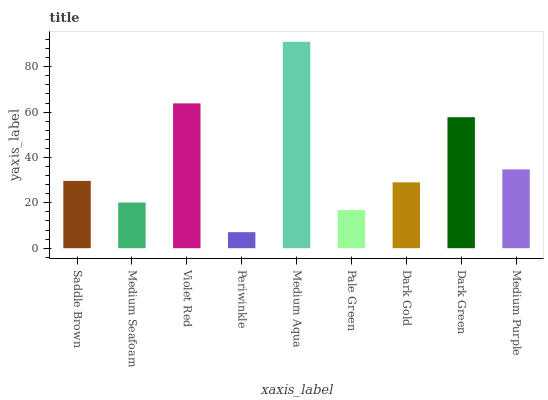
| xaxis_label | bars |
 | --- | --- |
 | Saddle Brown | 29.7 |
 | Medium Seafoam | 20.1 |
 | Violet Red | 63.8 |
 | Periwinkle | 7.07 |
 | Medium Aqua | 91 |
 | Pale Green | 16.8 |
 | Dark Gold | 29 |
 | Dark Green | 57.7 |
 | Medium Purple | 34.7 |